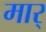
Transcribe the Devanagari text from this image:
मार्